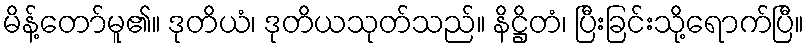
မိန့်တော်မူ၏။ ဒုတိယံ၊ ဒုတိယသုတ်သည်။ နိဋ္ဌိတံ၊ ပြီးခြင်းသို့ရောက်ပြီ။